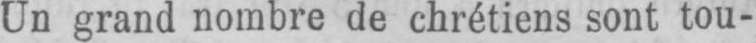
Un grand nombre de chrétiens sont tou-